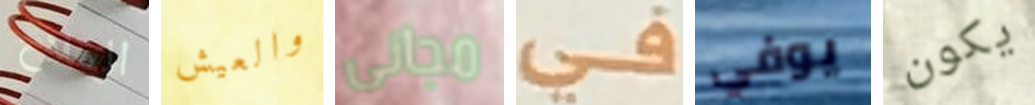
الملاح والعيش مجانى في يوفي يكون